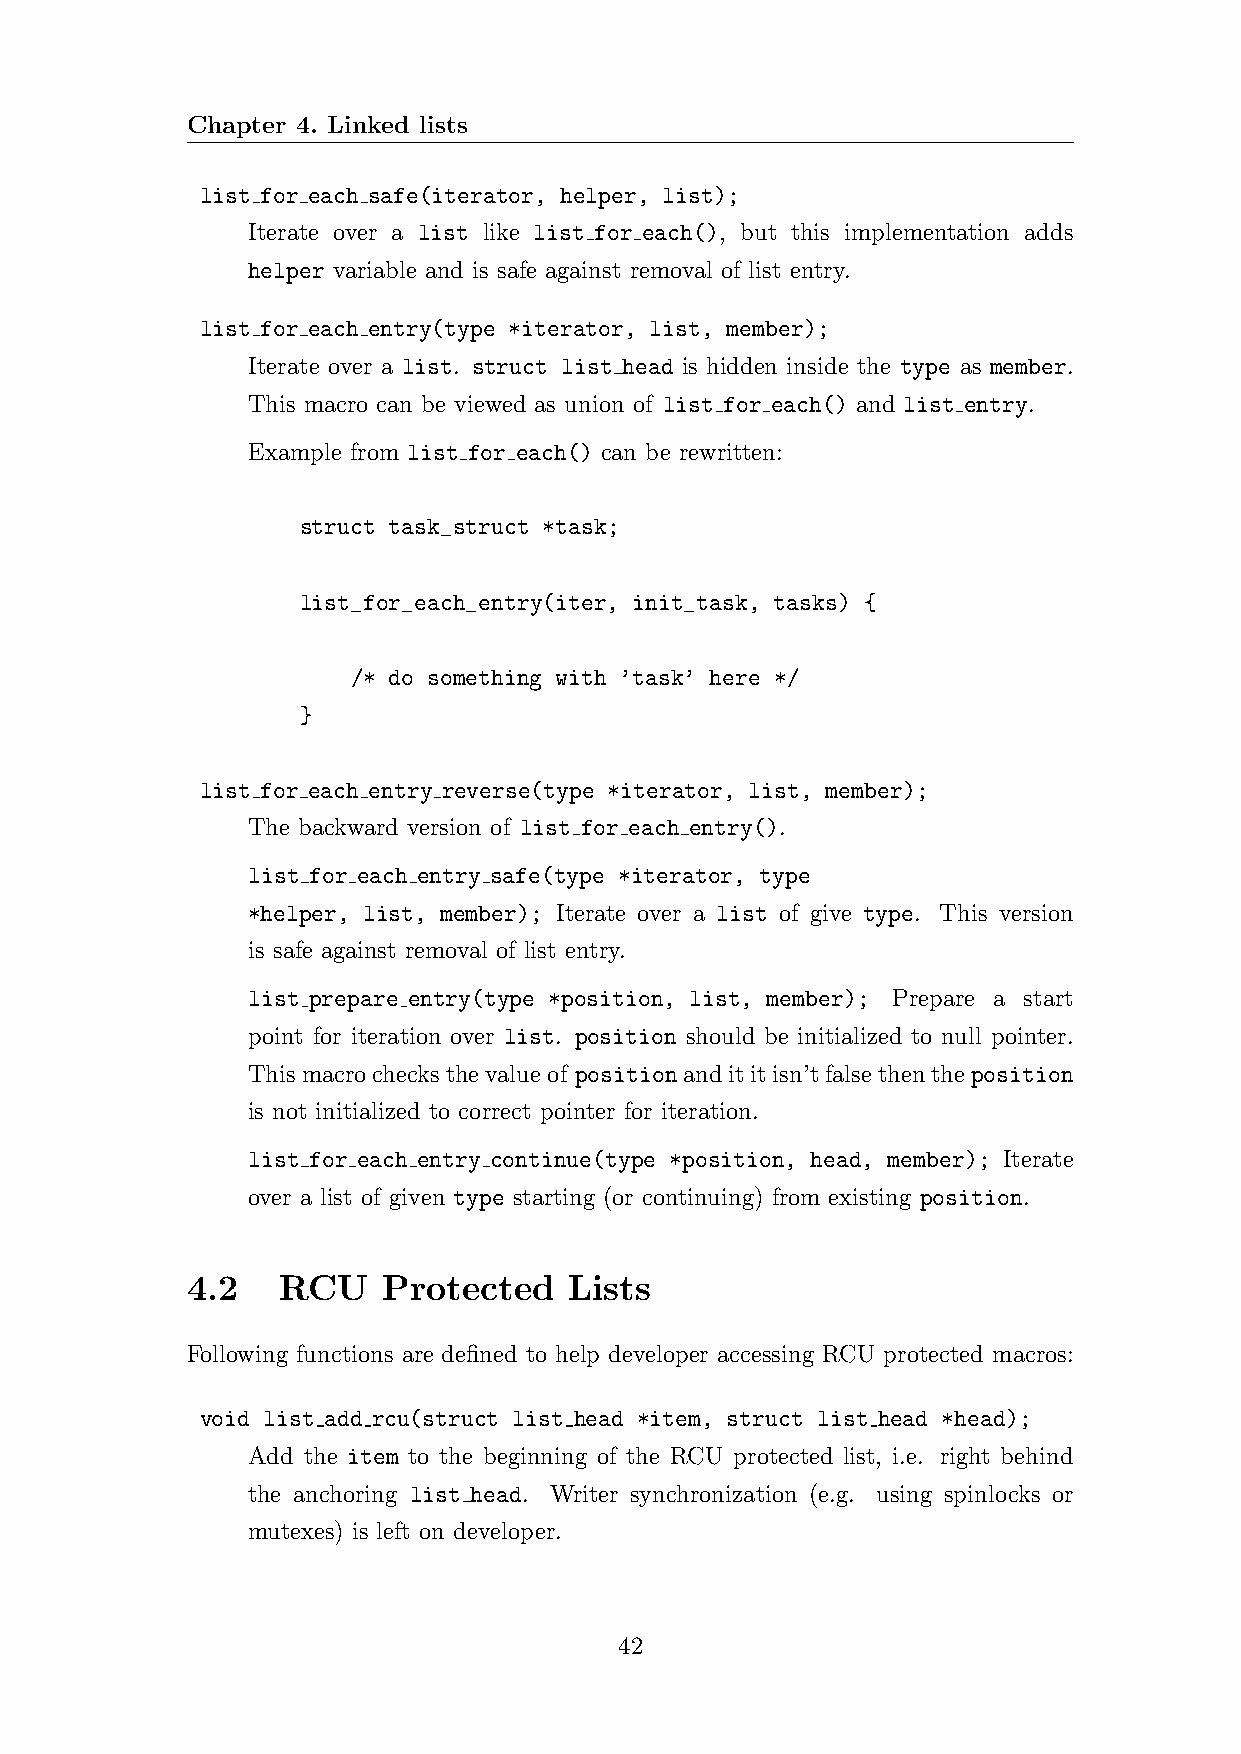
Chapter 4. Linked lists
 list for each safe(iterator, helper, list);
 Iterate over a list like list for each(), but this implementation adds
 helper variable and is safe against removal of list entry.
 list for each entry(type *iterator, list, member);
 Iterate over a list. struct list head is hidden inside the type as member.
 This macro can be viewed as union of list for each() and list entry.
 Example from list for each() can be rewritten:
 struct task_struct *task;
 list_for_each_entry(iter, init_task, tasks) {
 /* do something with ’task’ here */
 }
 list for each entry reverse(type *iterator, list, member);
 The backward version of list for each entry().
 list for each entry safe(type *iterator, type
 *helper, list, member); Iterate over a list of give type. This version
 is safe against removal of list entry.
 list prepare entry(type *position, list, member); Prepare a start
 point for iteration over list. position should be initialized to null pointer.
 Thismacrochecksthevalueof positionandititisn’tfalsethentheposition
 is not initialized to correct pointer for iteration.
 list for each entry continue(type *position, head, member); Iterate
 over a list of given type starting (or continuing) from existing position.
 4.2   RCU    Protected    Lists
 Following functions are defined to help developer accessing RCU protected macros:
 void list add rcu(struct list head *item, struct list head *head);
 Add the item to the beginning of the RCU protected list, i.e. right behind
 the anchoring list head. Writer synchronization (e.g. using spinlocks or
 mutexes) is left on developer.
 42